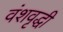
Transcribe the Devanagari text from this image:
वंशवृद्धी